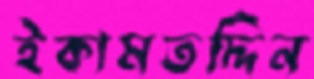
ইকামতদ্দিন